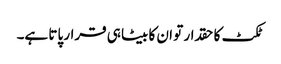
ٹکٹ کا حقدار تو ان کا بیٹا ہی قرار پاتا ہے۔